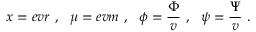
x = e v r \ , \ \ \mu = e v m \ , \ \ \phi = \frac { \Phi } { v } \ , \ \ \psi = \frac { \Psi } { v } \ .